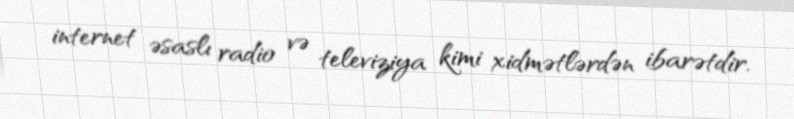
internet əsaslı radio və televiziya kimi xidmətlərdən ibarətdir.